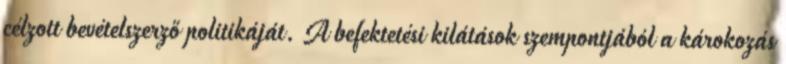
célzott bevételszerző politikáját. A befektetési kilátások szempontjából a károkozás